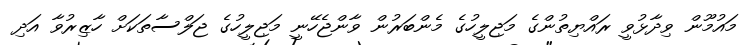
މައުމޫން ވިދާޅުވީ ރައްޔިތުންގެ މަޖިލީހުގެ މެންބަރުން ވާންޖެހޭނީ މަޖިލީހުގެ ޖަލްސާތަކަށް ހާޒިރުވާ އަދި